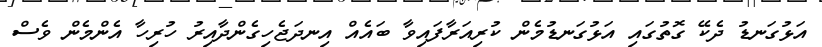
އަޅުގަނޑު ދެކޭ ގޮތުގައި އަޅުގަނޑުމެން ކުރިއަރާފައިވާ ބައެއް އިނދަޖެހިގެންދާއިރު ހުރިހާ އެންމެން ވެސް